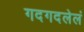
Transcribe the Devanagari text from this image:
गदगदलेलं